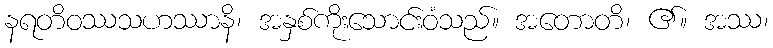
နရတိဝဿသဟဿာနိ၊ အနှစ်ကိုးသောင်းဝံသည်။ အတောတိ၊ ၏။ အဿ၊